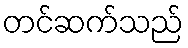
တင်ဆက်သည်